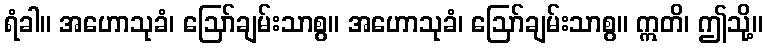
ရံခါ။ အဟောသုခံ၊ ဩော်ချမ်းသာစွ။ အဟောသုခံ၊ ဩော်ချမ်းသာစွ။ ဣတိ၊ ဤသို့။